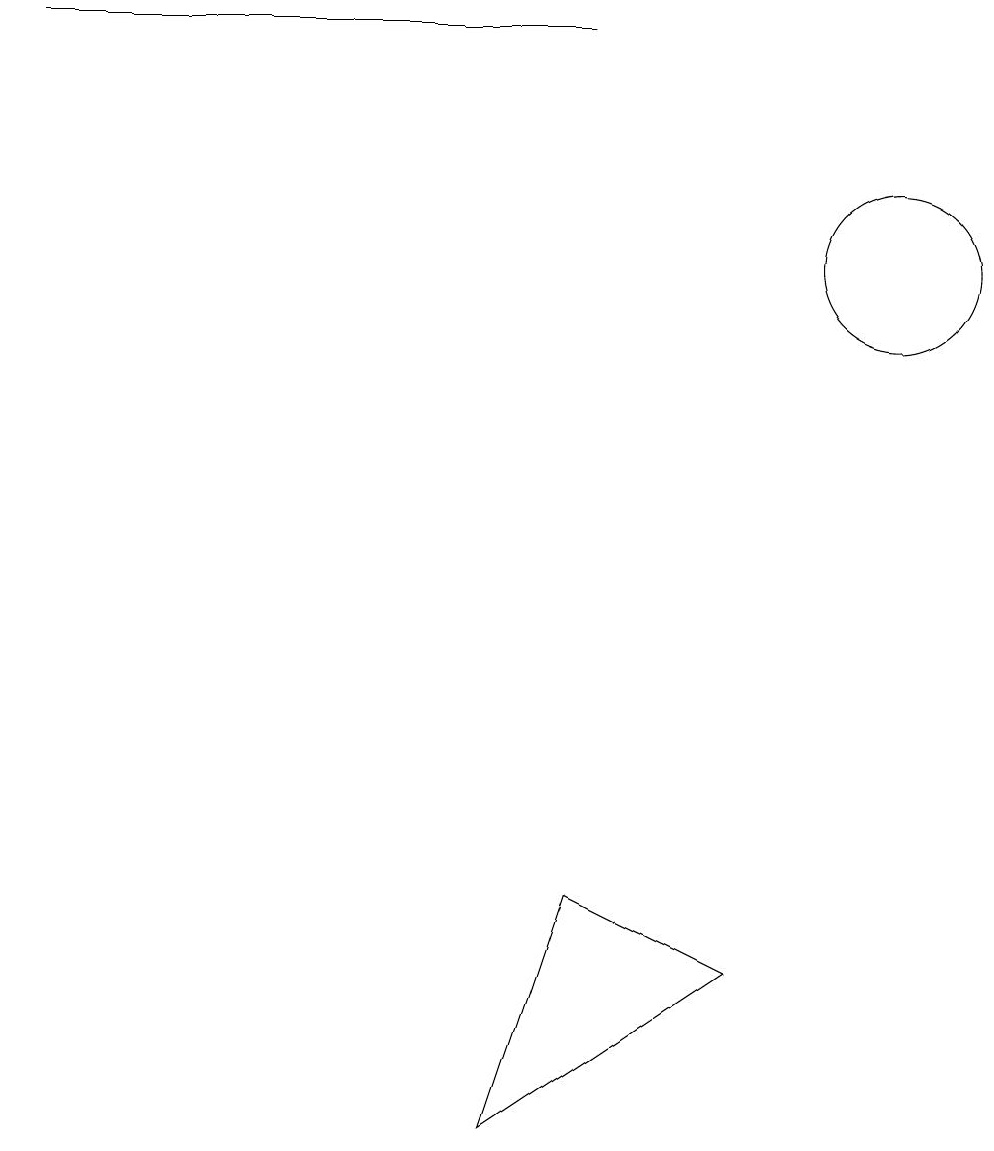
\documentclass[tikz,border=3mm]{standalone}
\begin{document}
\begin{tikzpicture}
\draw (0,15) rectangle (7,15);
\draw (11,12) circle (1);
\draw (6,1) -- (9,3) -- (7,4) -- cycle;
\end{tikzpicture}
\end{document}